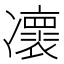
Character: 𠘠